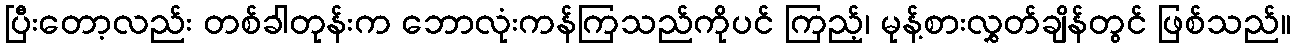
ပြီးတော့လည်း တစ်ခါတုန်းက ဘောလုံးကန်ကြသည်ကိုပင် ကြည့်၊ မုန့်စားလွှတ်ချိန်တွင် ဖြစ်သည်။